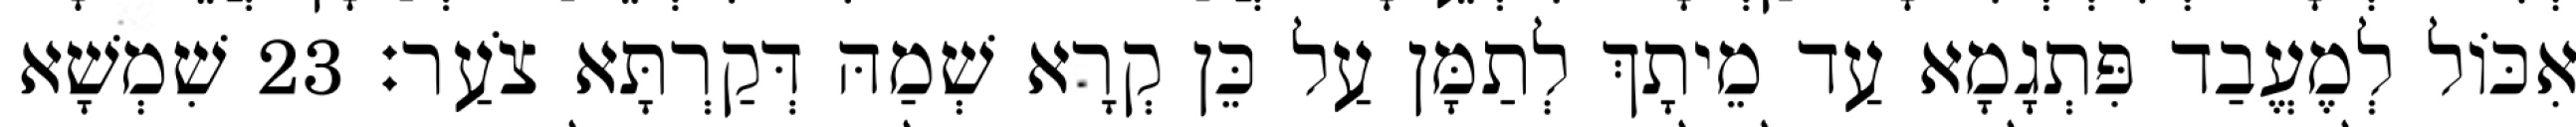
אִכּוֹל לְמֶעֱבַד פִּתְגָמָא עַד מֵיתָךְ לְתַמָּן עַל כֵּן קְרָא שְׁמַהּ דְּקַרְתָּא צֹעַר׃ 23 שִׁמְשָׁא